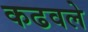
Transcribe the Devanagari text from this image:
कढवले